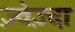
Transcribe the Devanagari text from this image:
ज़्वेज़्दा